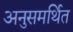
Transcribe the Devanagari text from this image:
अनुसमर्थित